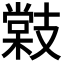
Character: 𭣜